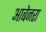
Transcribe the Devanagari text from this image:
आबेनरा